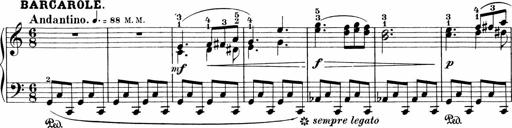
Title: Sonatinen Op.47, 98 und 136, nebst 6 Liedersonatinen
Composer: Carl Reinecke